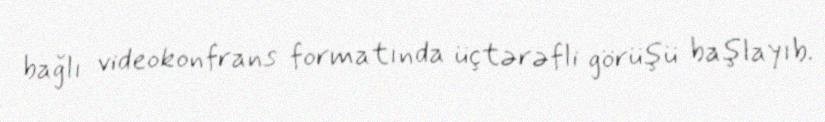
bağlı videokonfrans formatında üçtərəfli görüşü başlayıb.